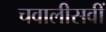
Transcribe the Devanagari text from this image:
चवालीसवीं